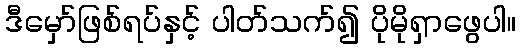
ဒီမှော်ဖြစ်ရပ်နှင့် ပါတ်သက်၍ ပိုမိုရှာဖွေပါ။